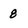
Character: 8